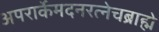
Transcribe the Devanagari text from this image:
अपरार्केमदनरत्नेचब्राह्मे